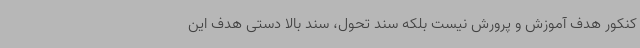
کنکور هدف آموزش و پرورش نیست بلکه سند تحول، سند بالا دستی هدف این